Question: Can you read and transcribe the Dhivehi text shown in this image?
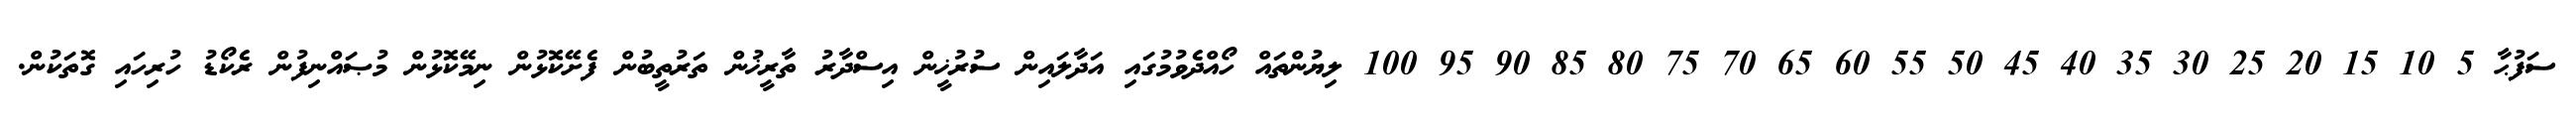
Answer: ސަފުޙާ 5 10 15 20 25 30 35 40 45 50 55 60 65 70 75 80 85 90 95 100 ލިޔުންތައް ހޯއްދެވުމުގައި އަދާލައިން ސުރުޚީން އިސްދާރު ތާރީޚުން ތަރުތީބުން ފެށޭކޮޅުން ނިމޭކޮޅުން މުޞައްނިފުން ރެކޯޑު ހުރިހައި ގޮތަކުން.